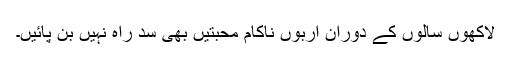
لاکھوں سالوں کے دوران اربوں ناکام محبتیں بھی سد راہ نہیں بن پائیں۔